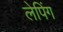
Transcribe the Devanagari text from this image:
लेपिंग